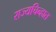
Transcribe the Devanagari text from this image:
राज्यचिन्हात